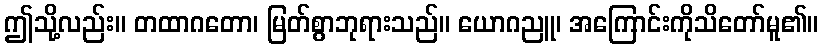
ဤသို့လည်း။ တထာဂတော၊ မြတ်စွာဘုရားသည်။ ယောဂညူ၊ အကြောင်းကိုသိတော်မူ၏။